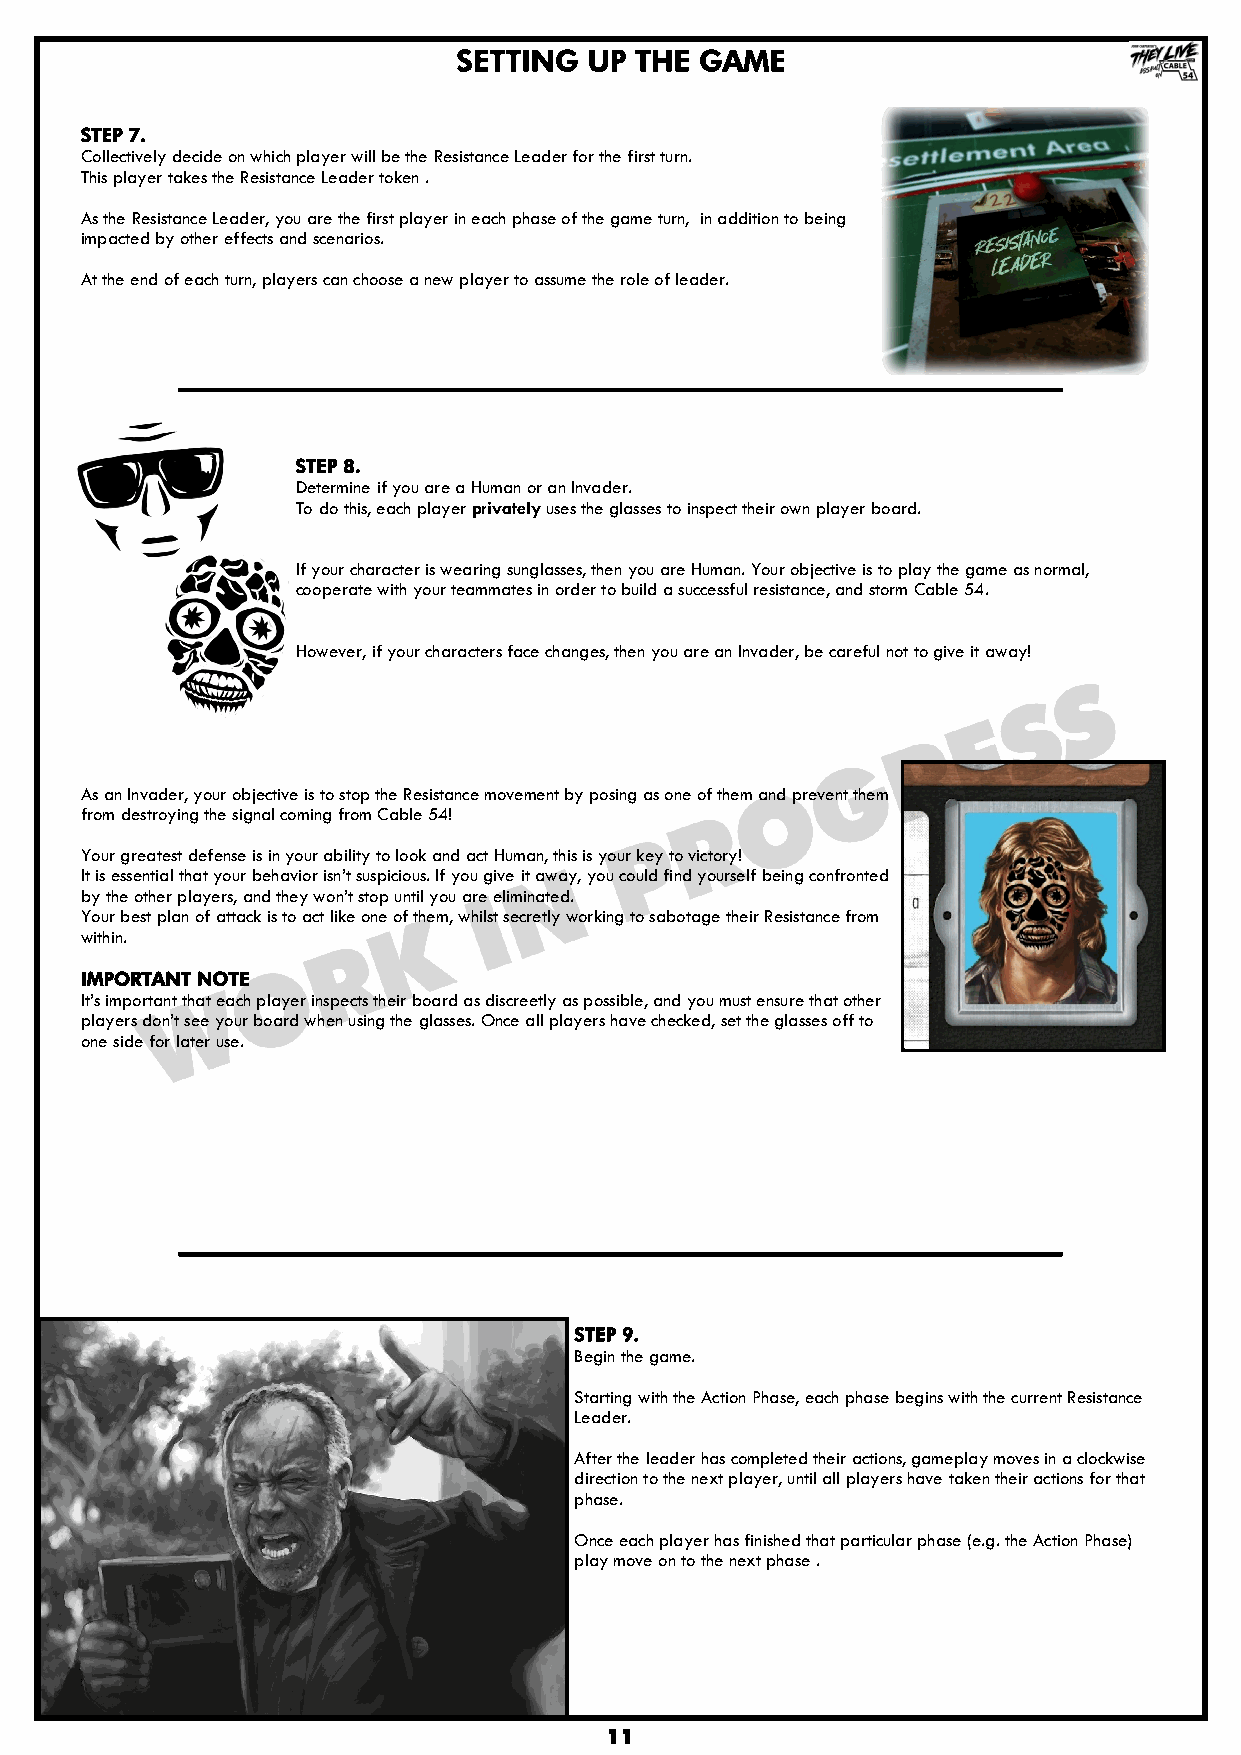
SETTING  UP THE GAME
 STEP 7.
 Collectively decide on which player will be the Resistance Leader for the first turn.
 This player takes the Resistance Leader token .
 As the Resistance Leader, you are the first player in each phase of the game turn, in addition to being
 impacted by other effects and scenarios.
 At the end of each turn, players can choose a new player to assume the role of leader.
 STEP 8.
 Determine if you are a Human or an Invader.
 To do this, each player privately uses the glasses to inspect their own player board.
 If your character is wearing sunglasses, then you are Human. Your objective is to play the game as normal,
 cooperate with your teammates in order to build a successful resistance, and storm Cable 54.
 However, if your characters face changes, then you are an Invader, be careful not to give it away!
 As an Invader, your objective is to stop the Resistance movement by posing as one of them and prevent them
 from destroying the signal coming from Cable 54!
 Your greatest defense is in your ability to look and act Human, this is your key to victory!
 It is essential that your behavior isn‟t suspicious. If you give it away, you could find yourself being confronted
 by the other players, and they won‟t stop until you are eliminated.
 Your best plan of attack is to act like one of them, whilst secretly working to sabotage their Resistance from
 within.
 IMPORTANT NOTE
 It‟s important that each player inspects their board as discreetly as possible, and you must ensure that other
 players don‟t see your board when using the glasses. Once all players have checked, set the glasses off to
 one side for later use.
 STEP 9.
 Begin the game.
 Starting with the Action Phase, each phase begins with the current Resistance
 Leader.
 After the leader has completed their actions, gameplay moves in a clockwise
 direction to the next player, until all players have taken their actions for that
 phase.
 Once each player has finished that particular phase (e.g. the Action Phase)
 play move on to the next phase .
 11